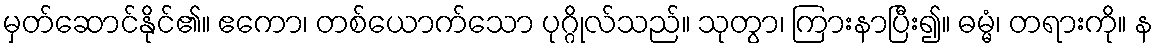
မှတ်ဆောင်နိုင်၏။ ဧကော၊ တစ်ယောက်သော ပုဂ္ဂိုလ်သည်။ သုတွာ၊ ကြားနာပြီး၍။ ဓမ္မံ၊ တရားကို။ န